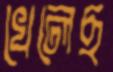
খেলেছ